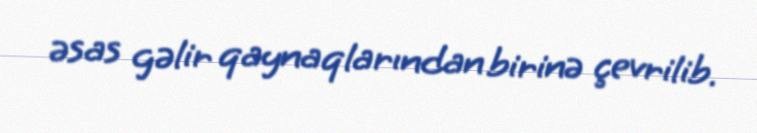
əsas gəlir qaynaqlarından birinə çevrilib.